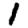
Digit: 1